Bréfritari: Klemens Björnsson
Viðtakandi: Jón Borgfirðings Jónsson
Dagsetning: A-1848-09-18
Skrifað á: Bjarteyjarsandi  Borg.

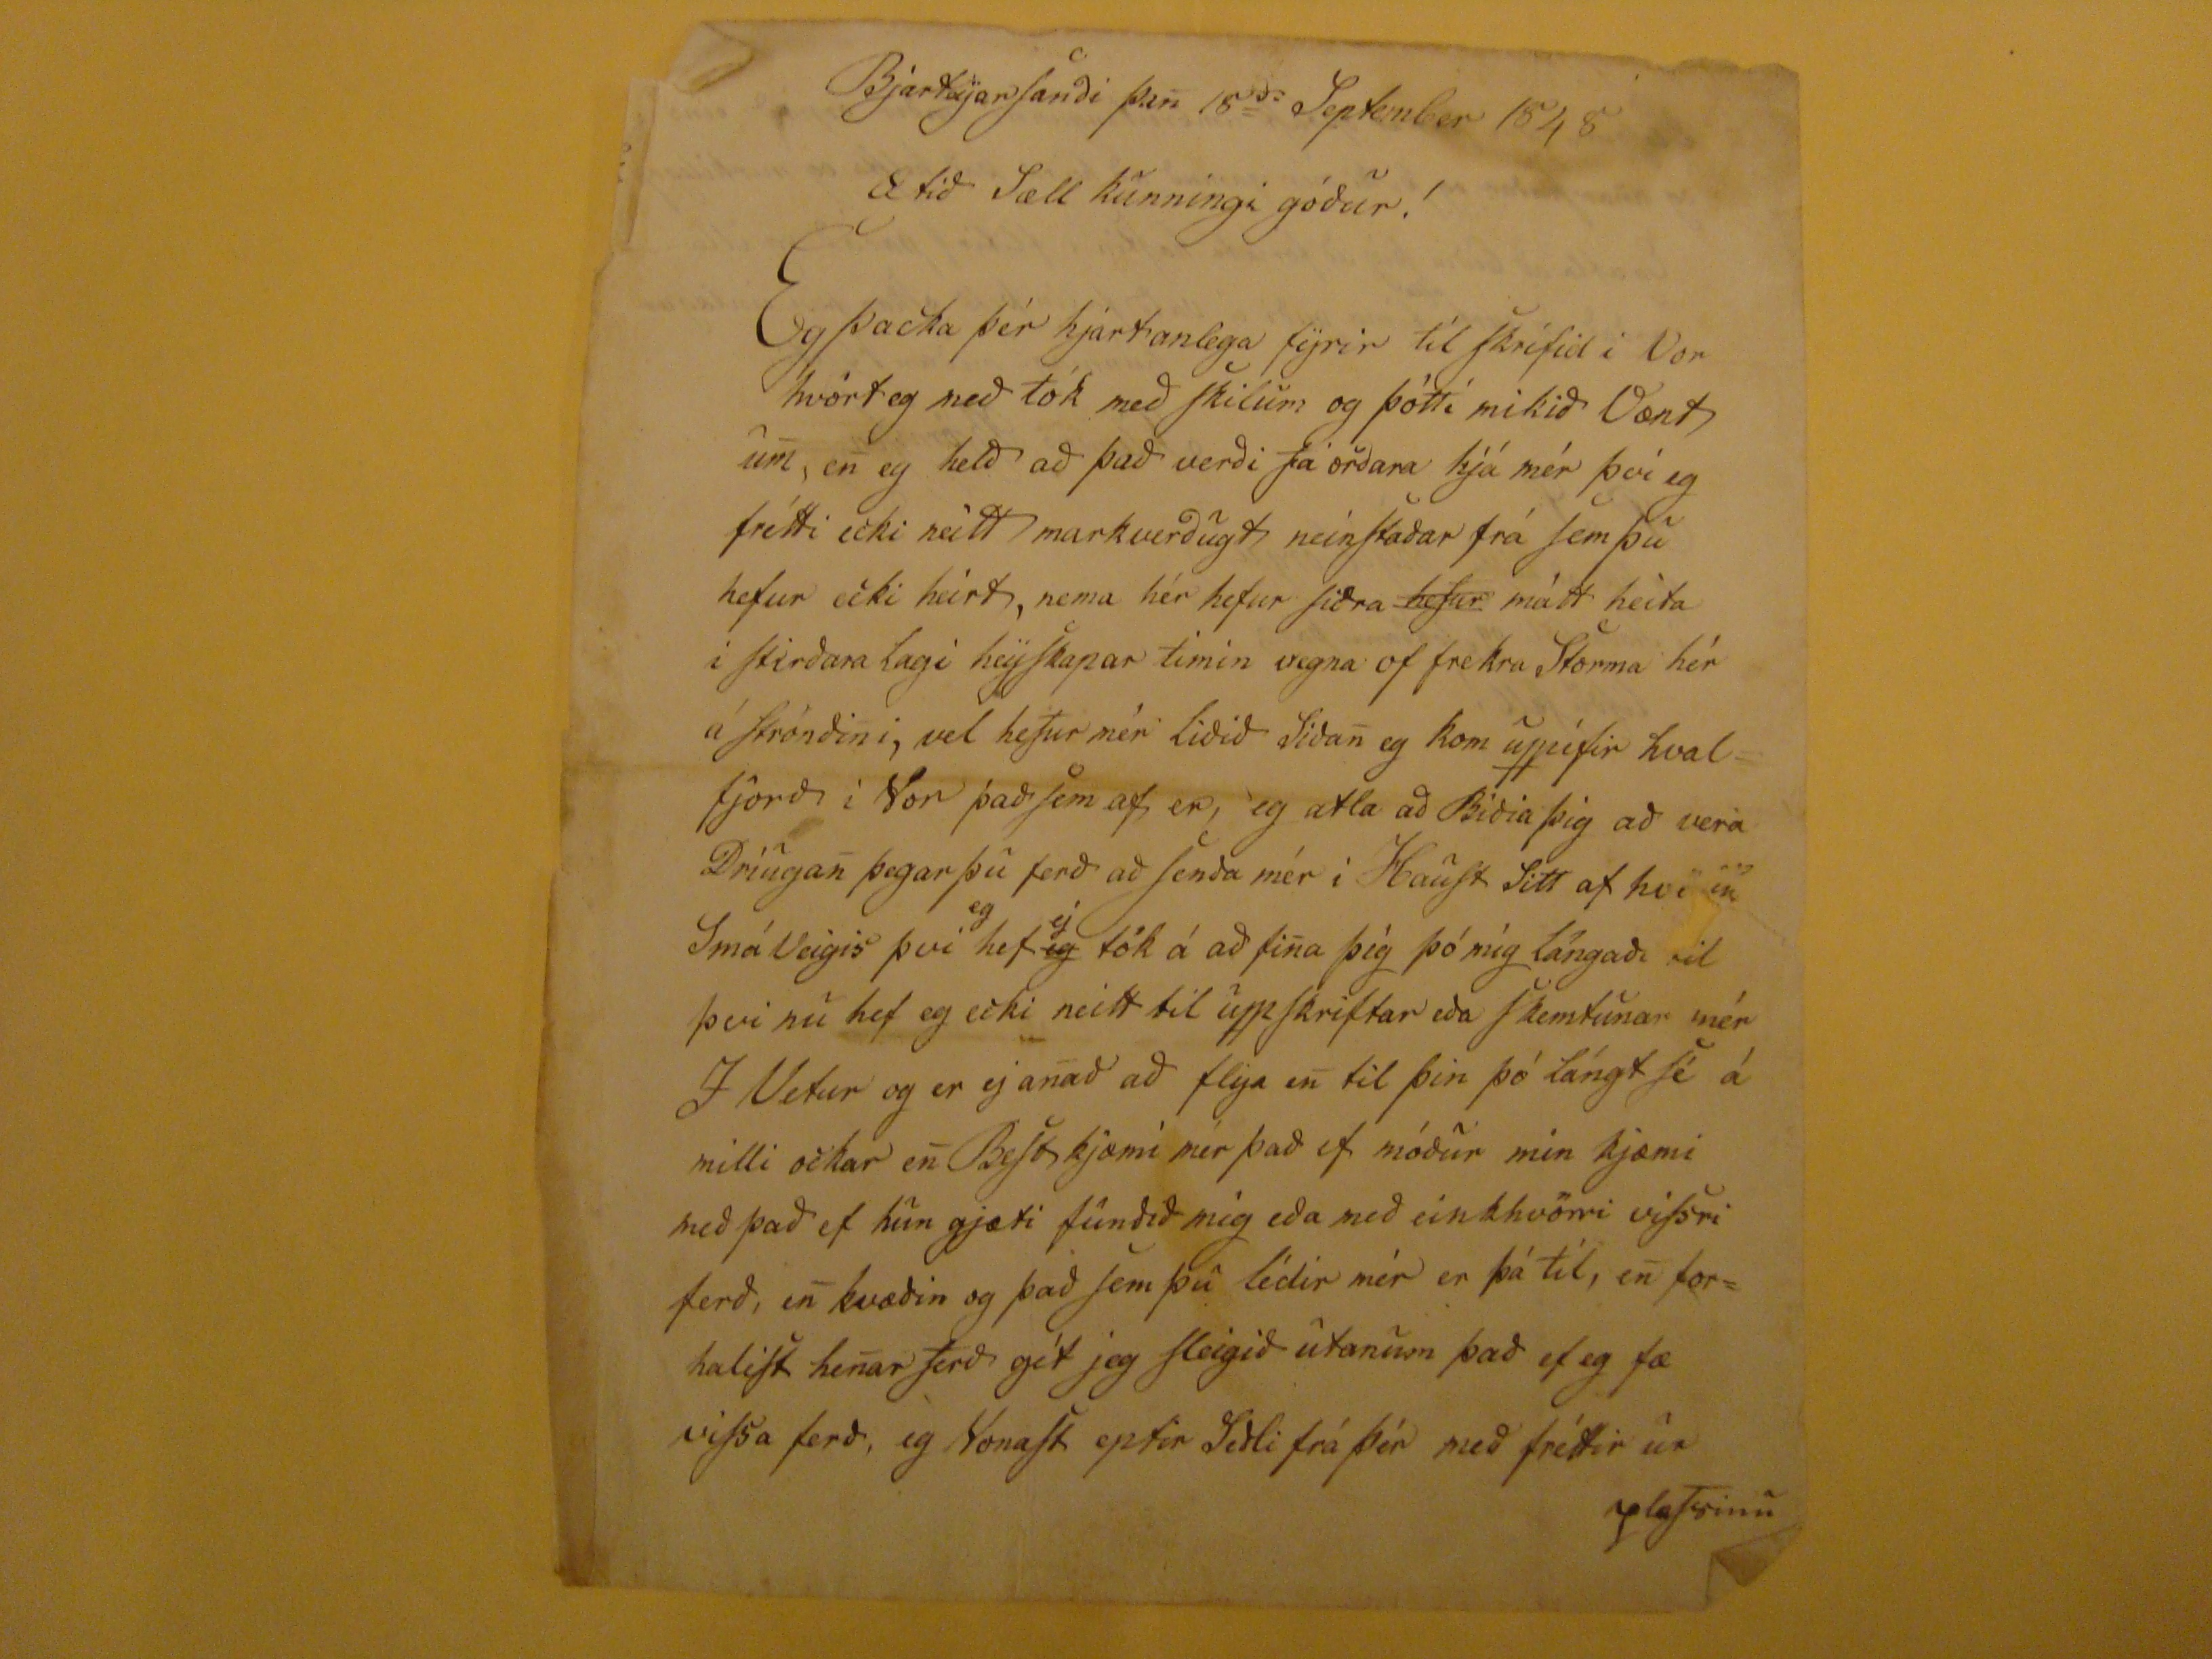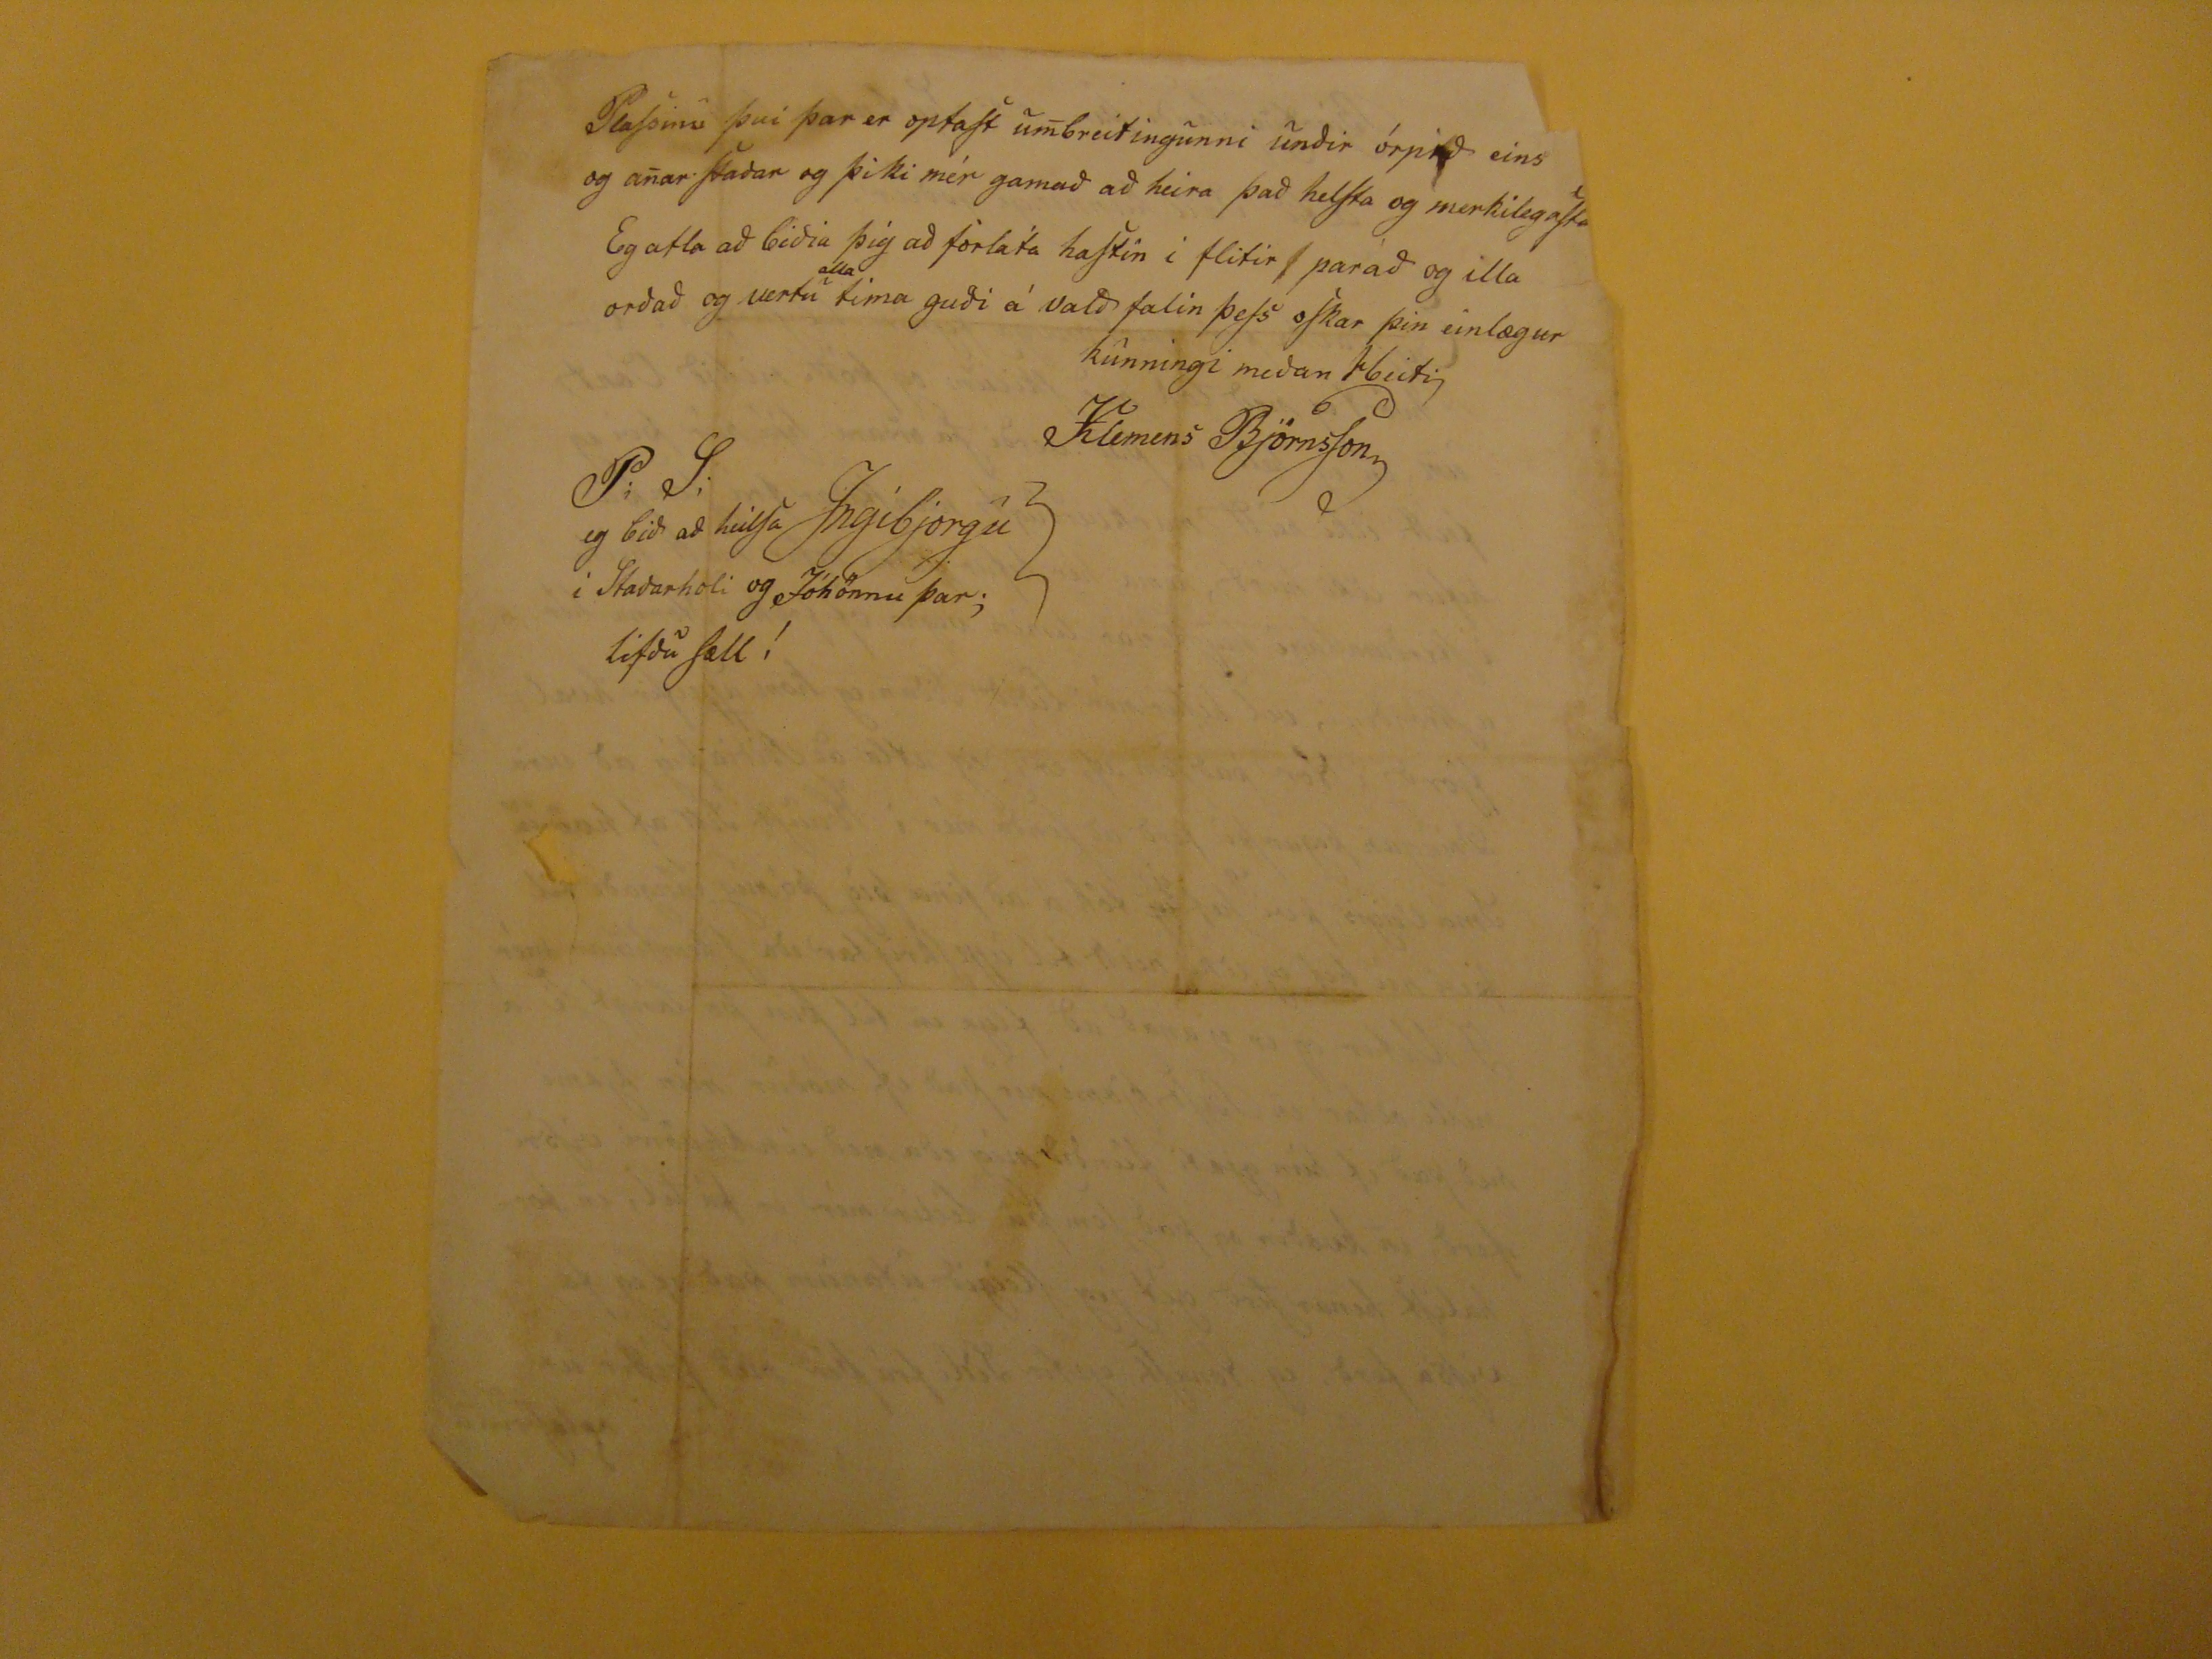

Bjarteyarsanði þan 18
da
September 1848
Ætið Sæll kunningi góður!
Eg þacka þér hjartanlega fyrir til skrifid i Vor hvort eg með tók með skilum og þótti mikið Vænt um, en eg helð að það verði fá orðara hjá mér því eg frétti ecki neitt markverðugt neinstaðar frá sem þú hefur ecki heirt, nema hér hefur siðra
hefur
mátt heita i stirðara lagi heyskapar timin vegna of frekra Storma hér á Ströndini, vel hefur mér liðið Siðan eg kom uppifir hvalfjorð i Vor það sem af er, eg ætla að Biðia þig að vera Driugan þegar þú ferð að senda mér í Haust sitt af
hvöriu
Smá Veigis því
eg
heg
eg
ej
tók á að fina þig þó mig lángaði til þvi nú hef eg ecki neitt til upp skriftar eða skemtunar mér I Vetur og er ej anað að flya en til þin þó lángt sé á milli ockar en Best kjæmi mér það ef móður min kjæmi með það ef hun gjæti funðið mig eða með einkhvörri vissri ferð, en kvæðin og það sem þú lédir mér er þá til, en forhalist henar ferð gét jeg sleigið utanum það ef eg fæ vissa ferð, eg Vonast eptir Seðli frá þér með fréttir úr plassinu
Plassinu því þar er optast umbreitingunni unðir órpið eins og anar staðar og þiki mér gamað að heira það helsta og merkilegasta Eg atla að biðia þig að forlata hastin i flitir parað og illa orðað og vertu
alla
tima guði á valð falin þess oskar þin einlægur kunningi meðan Heiti
Klemens Björnsson
P;S;
eg bið að heilsa Ingibjorgu i Staðarholi og Jóhönnu þar; lifðu sæll!